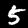
Label: 5